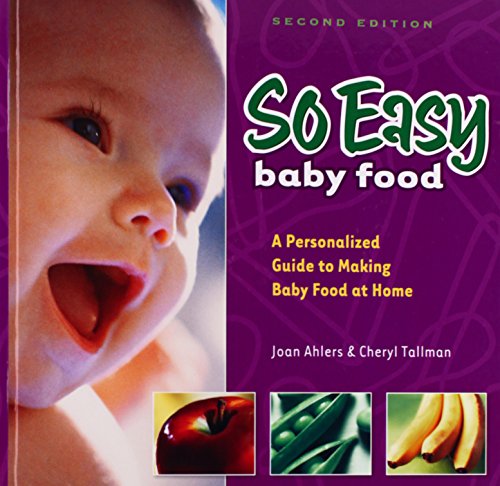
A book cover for So Easy Baby Food: A Personalized Guide to Making Baby Food At Home, 2nd Edition; Joan Ahlers; Cookbooks, Food & Wine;